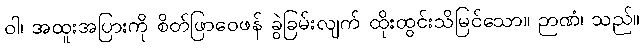
ဝါ၊ အထူးအပြားကို စိတ်ဖြာဝေဖန် ခွဲခြမ်းလျက် ထိုးထွင်းသိမြင်သော။ ဉာဏံ၊ သည်။